Report of the Indian Hemp Drugs Commission, 1894-1895 - Volume VI
Year: 1894
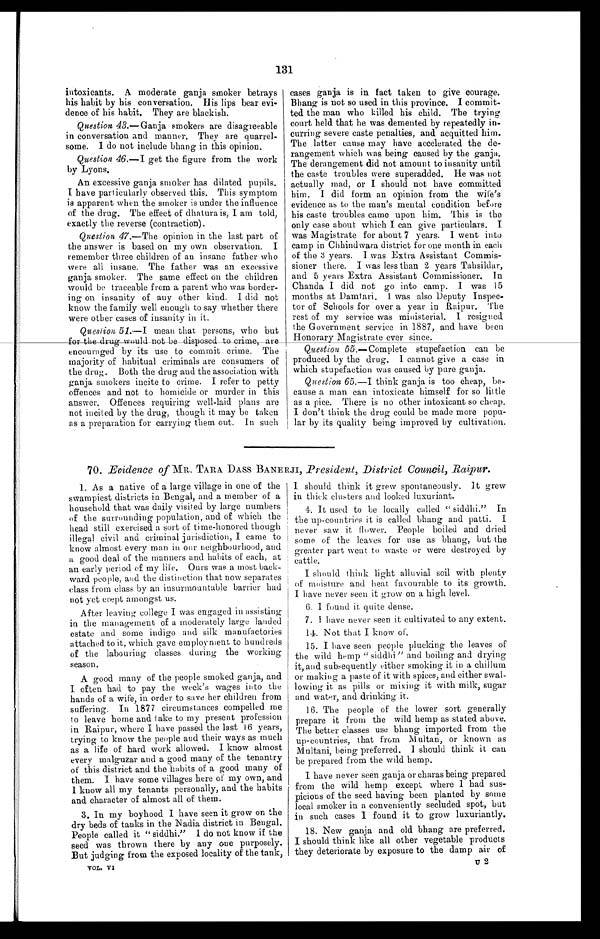
131
intoxicants. A moderate ganja smoker betrays
his habit by his conversation. His lips bear evi
- d e n c e o f h i s h a b i t . T h e y a r e b l a c k i s h .
Question 43.—Ganja smokers are disagreeable
in conversation and manner. They are quarrel
- s o m e . I d o n o t i n c l u d e b h a n g i n t h i s o p i n i o n .
Question 46.— I get the figure from the work
by Lyons.
An excessive ganja smoker has dilated pupils.
I have particularly observed this. This symptom
is apparent when the smoker is under the influence
of the drug. The effect of dhatura is, I am told,
exactly the reverse (contraction).
Question 47.—The opinion in the last part of
the answer is based on my own observation. I
remember three children of an insane father who
were all insane. The father was an excessive
ganja smoker. The same effect on the children
would be traceable from a parent who was border
- i n g o n i n s a n i t y o f a n y o t h e r k i n d . I d i d n o t
know the family well enough to say whether there
were other cases of insanity in it.
Question
5 1
. — m e a n t h a t p e r s o n s , w h o b u t
for the drug would not be disposed to crime, are
encouraged by its use to commit crime. The
majority of habitual criminals are consumers of
the drug. Both the drug and the association with
ganja smokers incite to crime. I refer to petty
offences and not to homicide or murder in this
answer. Offences requiring well-laid plans are
not incited by the drug, though it may be taken
as a preparation for carrying them out. In such
cases ganja is in fact taken to give courage.
Bhang is not so used in this province. I commit
- t e d t h e m a n w h o k i l l e d h i s c h i l d . T h e t r y i n g
court held that he was demented by repeatedly in
- c u r r i n g s e v e r e c a s t e p e n a l t i e s , a n d a c q u i t t e d h i m .
The latter cause may have accelerated the de
- r a n g e m e n t w h i c h w a s b e i n g c a u s e d b y t h e g a n j a .
The derangement did not amount to insanity until
the caste troubles were superadded. He was not
actually mad, or I should not have committed
him. I did form an opinion from the wife's
evidence as to the man's mental condition before
his caste troubles came upon him. This is the
only case about which I can give particulars. I
was Magistrate for about 7 years. I went into
camp in Chhindwara district for one month in each
of the 3 years. I was Extra Assistant Commis
- s i o n e r t h e r e . I w a s l e s s t h a n 2 y e a r s T a h s i l d a r ,
and 5 years Extra Assistant Commissioner. In
Chanda I did not go into camp. I was 15
months at Damtari. I was also Deputy Inspec
- t o r o f S c h o o l s f o r o v e r a y e a r i n . R a i p u r . T h e
rest of my service was ministerial. I resigned.
the Government service in 1887, and have been
Honorary Magistrate ever since.
Question 55 .—Complete stupefaction can be
produced by the drug. I cannot give a case in
which stupefaction was caused by pure ganja.
Question 65.—I think ganja is too cheap, be
- c a u s e a m a n c a n i n t o x i c a t e h i m s e l f f o r s o l i t t l e
as a pice. There is no other intoxicant so cheap.
I don't think the drug could be made more popu
- l a r b y i t s q u a l i t y b e i n g i m p r o v e d b y c u l t i v a t i o n .
70. Evidence of MR. TARA DASS BANERJI, President, District Council, Raipur.
1. As a native of a large village in one of the
swampiest districts in Bengal, and a member of a
household that was daily visited by large numbers
of the surrounding population, and of which the
head still exercised a sort of time-honored though
illegal civil and. criminal jurisdiction, I came to
know almost every man in our neighbourhood, and
a good deal of the manners and habits of each, at
an early period of my life. Ours was a most back
- w a r d p e o p l e , a n d t h e d i s t i n c t i o n t h a t n o w s e p a r a t e s
class from class by an insurmountable barrier had
not yet crept amongst us.
After leaving college I was engaged in assisting
in the management of a moderately large landed
estate and some indigo and silk manufactories
attached to it, which gave employment to hundreds
of the labouring classes during the working
season.
A good many of the people smoked ganja, and
I often had to pay the week's wages into the
hands of a wife, in order to save her children from
suffering. In 1877 circumstances compelled me
to leave home and take to my present profession
in Raipur, where I have passed the last 16 years,
trying to know the people and their ways as much
as a life of hard work allowed. I know almost
every malguzar and a good many of the tenantry
of this district and the habits of a good many of
them. I have some villages here of my own, and
I know all my tenants personally, and the habits
and character of almost all of them.
3. In my boyhood I have seen it grow on the
dry beds of tanks in the Nadia district in Bengal.
People called it " siddhi." I do not know if the
seed was thrown there by any one purposely.
But judging from the exposed locality of the tank,
V O L . V I .
I should think it grew spontaneously. It grew
in thick clusters and looked luxuriant.
4. It used to be locally called " siddhi." In
the up-countries it is called bhang and patti. I
never saw it flower. People boiled and dried
some of the leaves for use as bhang, but the
greater part went to waste or were destroyed by
cattle.
I should think light alluvial soil with plenty
of moisture and heat favourable to its growth.
I have never seen it grow on a high level.
6. I found it, quite dense.
7. I have never seen it cultivated to any extent.
14. Not that I know of.
15. I have seen people plucking the leaves of
the wild hemp " siddhi " and boiling and drying
it, and subsequently either smoking it in a chillum
or making a paste of it with spices, and either swal
- l o w i n g i t a s p i l l s o r m i x i n g i t w i t h m i l k , s u g a r
and water, and drinking it.
16. The people of the lower sort generally
prepare it from the wild hemp as stated above.
The better classes use bhang imported from the
up-countries, that from Multan, or known as
Multani, being preferred. I should think it can
be prepared from the wild hemp.
I have never seen ganja or charas being prepared
from the wild hemp except where I had sus
- p i c i o n s o f t h e s e e d h a v i n g b e e n p l a n t e d b y s o m e
local smoker in a conveniently secluded spot, but
in such cases I found it to grow luxuriantly.
18. New ganja and old bhang are preferred.
I should think like all other vegetable products
they deteriorate by exposure to the damp air of
U 2